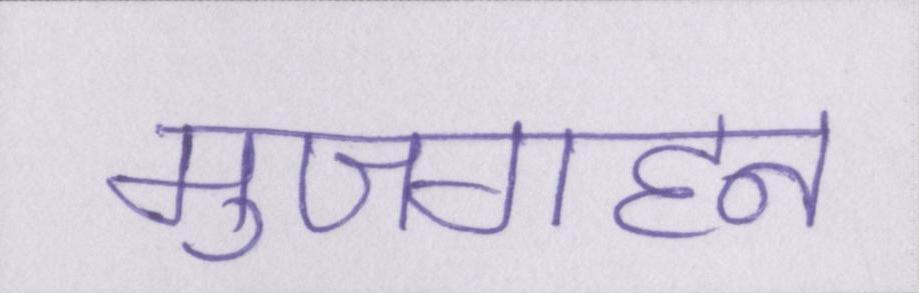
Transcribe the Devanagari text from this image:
मुजगहन